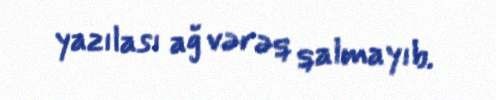
yazılası ağ vərəq qalmayıb.